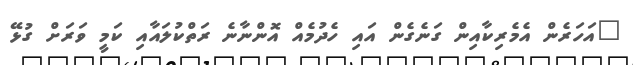
"އަހަރެން އެމެރިކާއިން ގަނެގެން އައި ހެދުމެއް އޮންނާނެ ރަތްކުލައާއި ކަމީ ވަރަށް ގުޅޭ